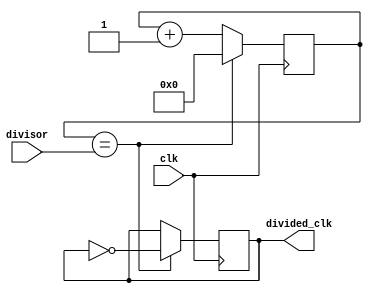
module fractional_clock_divider (
    input wire clk,
    input wire [7:0] divisor,
    output wire divided_clk
);

reg [7:0] count;
reg output_reg;

always @ (posedge clk) begin
    if (count == divisor) begin
        count <= 0;
        output_reg <= ~output_reg;
    end else begin
        count <= count + 1;
    end
end

assign divided_clk = output_reg;

endmodule